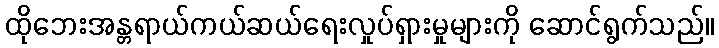
ထိုဘေးအန္တရာယ်ကယ်ဆယ်ရေးလှုပ်ရှားမှုများကို ဆောင်ရွက်သည်။